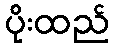
ပိုးထည်